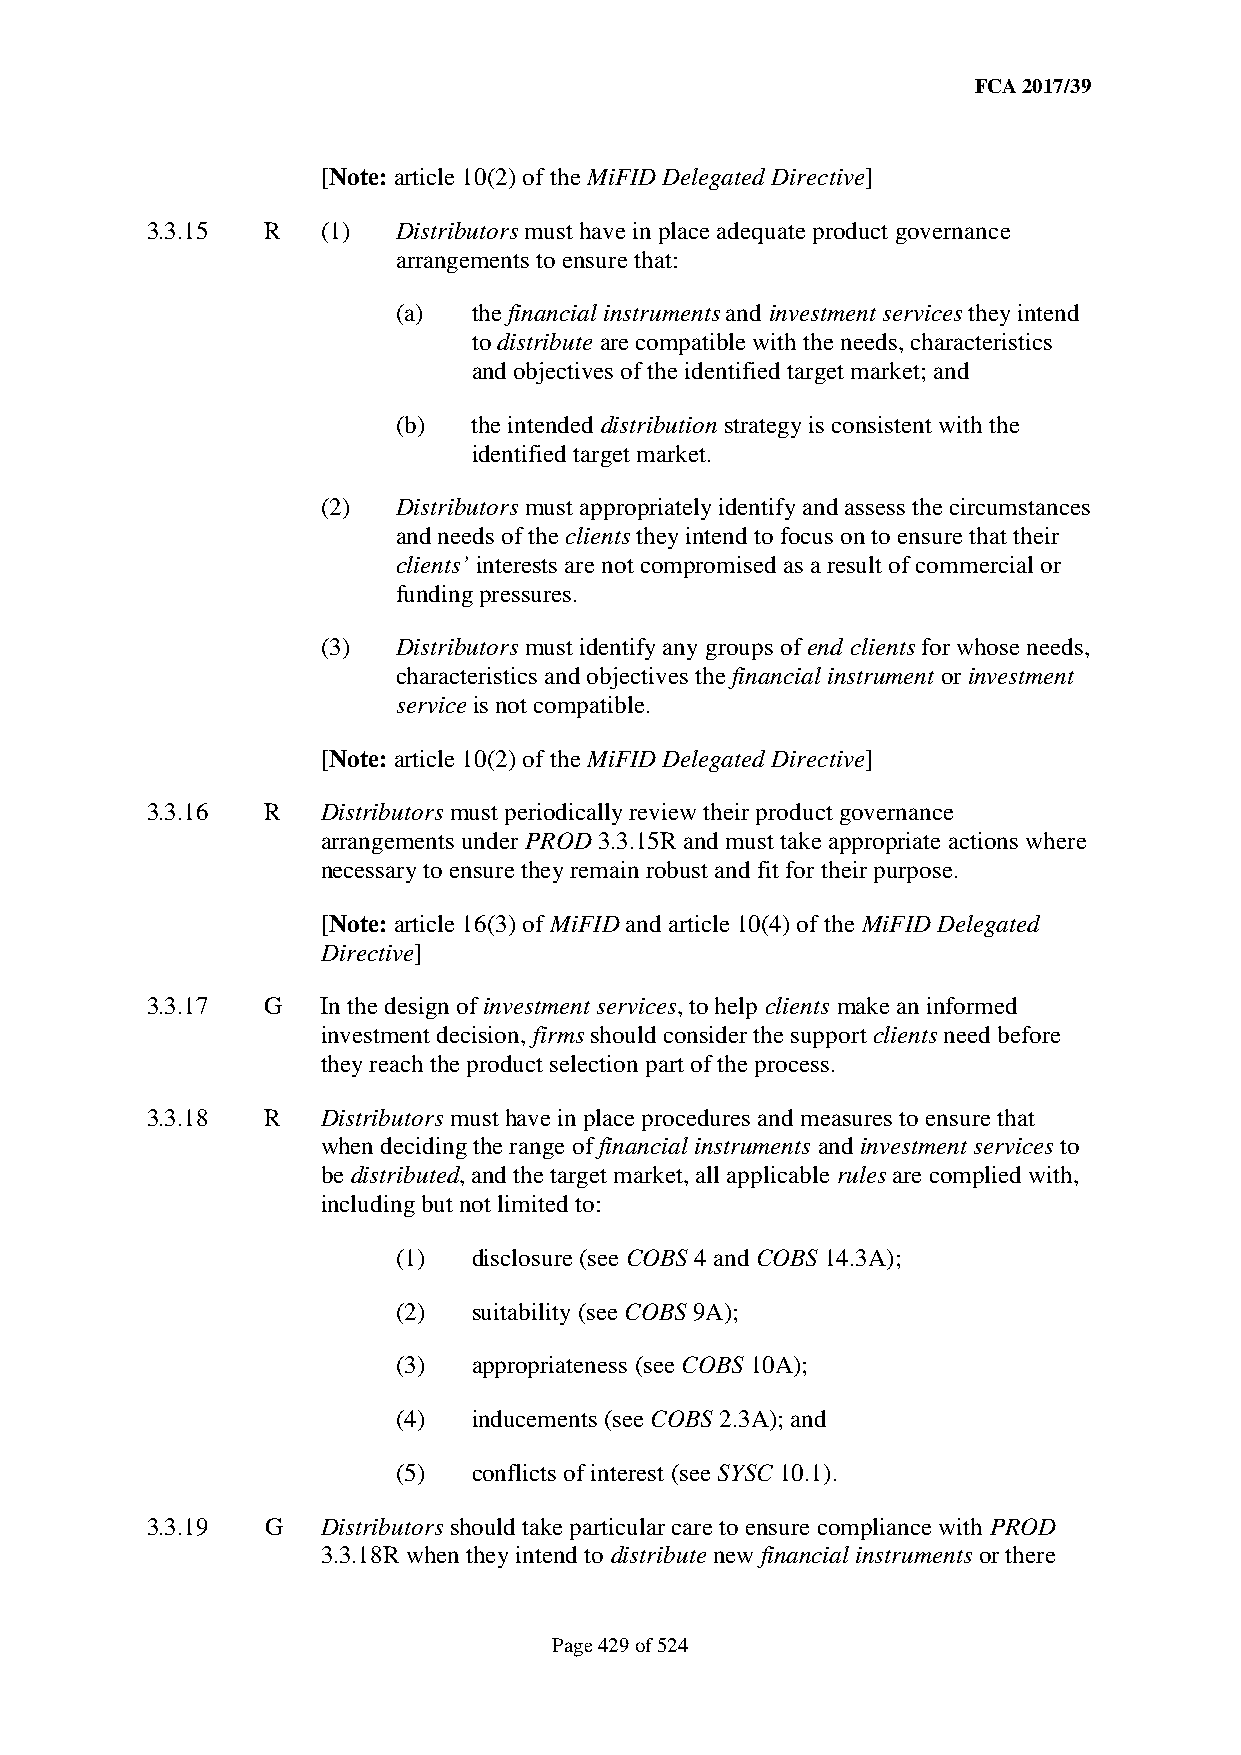
FCA 2017/39
 [Note: article 10(2) of the MiFID Delegated Directive]
 3.3.15  R  (1)  Distributors must have in place adequate product governance
 arrangements to ensure that:
 (a)  the financial instruments and investment services they intend
 to distribute are compatible with the needs, characteristics
 and objectives of the identified target market; and
 (b)  the intended distribution strategy is consistent with the
 identified target market.
 (2)  Distributors must appropriately identify and assess the circumstances
 and needs of the clients they intend to focus on to ensure that their
 clients’ interests are not compromised as a result of commercial or
 funding pressures.
 (3)  Distributors must identify any groups of end clients for whose needs,
 characteristics and objectives the financial instrument or investment
 service is not compatible.
 [Note: article 10(2) of the MiFID Delegated Directive]
 3.3.16  R  Distributors must periodically review their product governance
 arrangements under PROD 3.3.15R and must take appropriate actions where
 necessary to ensure they remain robust and fit for their purpose.
 [Note: article 16(3) of MiFID and article 10(4) of the MiFID Delegated
 Directive]
 3.3.17  G  In the design of investment services, to help clients make an informed
 investment decision, firms should consider the support clients need before
 they reach the product selection part of the process.
 3.3.18  R  Distributors must have in place procedures and measures to ensure that
 when deciding the range of financial instruments and investment services to
 be distributed, and the target market, all applicable rules are complied with,
 including but not limited to:
 (1)  disclosure (see COBS 4 and COBS 14.3A);
 (2)  suitability (see COBS 9A);
 (3)  appropriateness (see COBS 10A);
 (4)  inducements (see COBS 2.3A); and
 (5)  conflicts of interest (see SYSC 10.1).
 3.3.19  G  Distributors should take particular care to ensure compliance with PROD
 3.3.18R when they intend to distribute new financial instruments or there
 Page 429 of 524